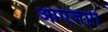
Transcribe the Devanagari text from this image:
आएजेप्टी